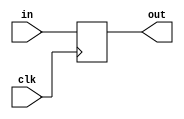

module df (input wire clk, in, output wire out);
  reg df_out;
  always@(posedge clk) df_out <= in;
  assign out = df_out;
endmodule

module dfr (input wire clk, set, in, output wire out);
  wire df_in;
  or2 or2_0 (in, set, df_in);
  df df_0 (clk, df_in, out);
endmodule

module or2 (input wire i0, i1, output wire o);
  assign o = i0 | i1;
endmodule

module and2 (input wire i0, i1, output wire o);
  assign o = i0 & i1;
endmodule
 

module xor2 (input wire i0, i1, output wire o);
  assign o = i0 ^ i1;
endmodule

module count1(input wire clk,set,count,inc,output wire cout,q);
wire w1,w2,w3;
assign w1=q;
xor2 x1(w1,inc,w3);
and2 a1(count,w3,cout);
xor2 x2(count,w1,w2);
dfr d1(clk,set,w2,q);
endmodule

module bit3(input wire clk,set,count,inc,output wire cout,output wire [2:0]q);
wire y[1:0];
count1 c1(clk,set,count,inc,y[0],q[0]);
count1 c2(clk,set,y[0],inc,y[1],q[1]);
count1 c3(clk,set,y[1],inc,cout,q[2]);
endmodule